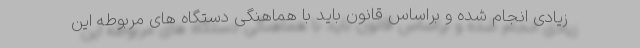
زیادی انجام شده و براساس قانون باید با هماهنگی دستگاه های مربوطه این